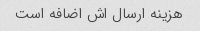
هزینه ارسال اش اضافه است